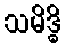
သမိဒ္ဓိ